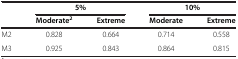
| <ROWSPAN=2>  | <COLSPAN=2> 5% | <COLSPAN=2> 10% |
 | Moderate2 | Extreme | Moderate | Extreme |
 | --- | --- | --- | --- | --- |
 | M2 | 0.828 | 0.664 | 0.714 | 0.558 |
 | M3 | 0.925 | 0.843 | 0.864 | 0.815 |